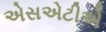
એસએટીએ